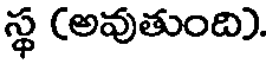
స్థ (అవుతుంది).